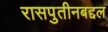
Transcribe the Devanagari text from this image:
रासपुतीनबद्दल